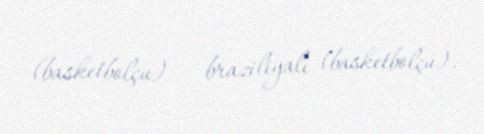
(basketbolçu) — braziliyalı (basketbolçu).